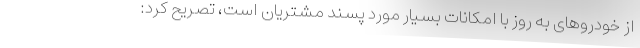
از خودروهای به روز با امکانات بسیار مورد پسند مشتریان است، تصریح کرد: